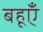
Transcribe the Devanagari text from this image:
बहूएँ